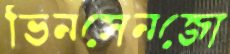
ভিনসেনজো